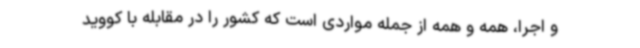
و اجرا، همه و همه از جمله مواردی است که کشور را در مقابله با کووید